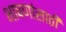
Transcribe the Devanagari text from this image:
भाषणांसाठी